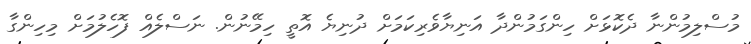
މުސްލިމުންނާ ދެކޮޅަށް ހިންގަމުންދާ އަނިޔާވެރިކަމަށް ދުނިޔެ އޮތީ ހިމޭނުން. ނަސްލެއް ފޮހެލުމަށް މިހިންގާ